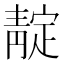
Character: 靛